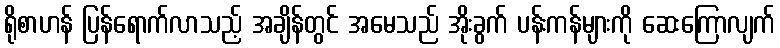
ရိုစာဟန် ပြန်ရောက်လာသည့် အချိန်တွင် အမေသည် အိုးခွက် ပန်းကန်များကို ဆေးကြောလျက်